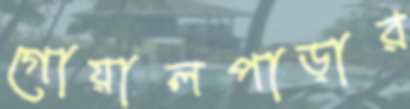
গোয়ালপাড়ার